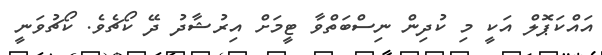
އައްކަޕޮލް އަކީ މި ކުދިން ނިސްބަތްވާ ޓީމަށް އިރުޝާދު ދޭ ކޯޗެވެ. ކޯޗުވަނީ